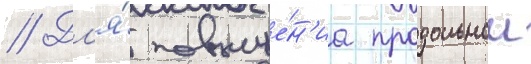
// Дл'я́ повыше́н'иа продольнои